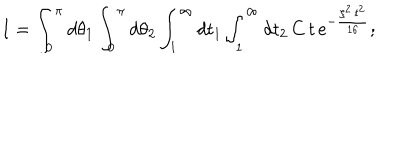
I = \int _ { 0 } ^ { \pi } d \theta _ { 1 } \int _ { 0 } ^ { \pi } d \theta _ { 2 } \int _ { 1 } ^ { \infty } d t _ { 1 } \int _ { 1 } ^ { \infty } d t _ { 2 } \, C \, t \, \mathrm { e } ^ { - \frac { \zeta ^ { 2 } \, t ^ { 2 } } { 1 6 } } ;